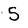
Character: 5